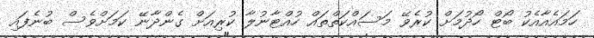
ހަމައެއާއެކު ބޯޓް ހޯދުމަށް ކުރެވޭ މަސައްކަތްތައް ހުއްޓާނުލާ ކުރިއަށް ގެންދާނޭ ކަމަށްވެސް ބުނެފައި